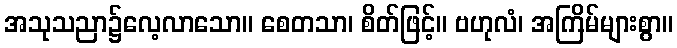
အသုသညာ၌လေ့လာသော။ စေတသာ၊ စိတ်ဖြင့်။ ဗဟုလံ၊ အကြိမ်များစွာ။